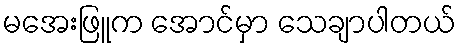
မအေးဖြူက အောင်မှာ သေချာပါတယ်